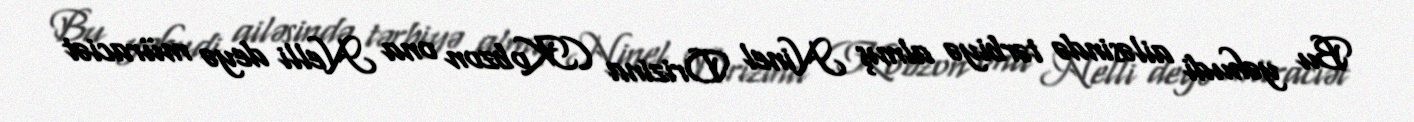
Bu yəhudi ailəsində tərbiyə almış Ninel Drizina (Kobzon ona Nelli deyə müraciət